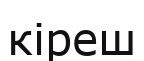
кіреш